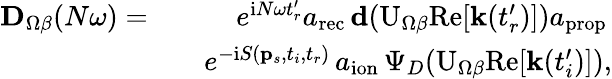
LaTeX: \begin{array}{rlr}{\mathbf{D}_{\Omega\beta}(N\omega)=}&{}&{e^{\mathrm{i}N\omega t_{r}^{\prime}}a_{\mathrm{rec}}\, \mathbf{d}(\mathrm{U}_{\Omega\beta}\mathrm{Re}[\mathbf{k}(t_{r}^{\prime})])a_{\mathrm{prop}}\, }\\ &{}&{e^{-\mathrm{i}S(\mathbf{p}_{s},t_{i},t_{r})}\, a_{\mathrm{ion}}\, \Psi_{D}(\mathrm{U}_{\Omega\beta}\mathrm{Re}[\mathbf{k}(t_{i}^{\prime})]),}\end{array}